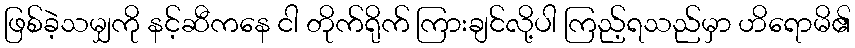
ဖြစ်ခဲ့သမျှကို နင့်ဆီကနေ ငါ တိုက်ရိုက် ကြားချင်လို့ပါ ကြည့်ရသည်မှာ ဟိရောမိ၏